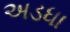
અડધા